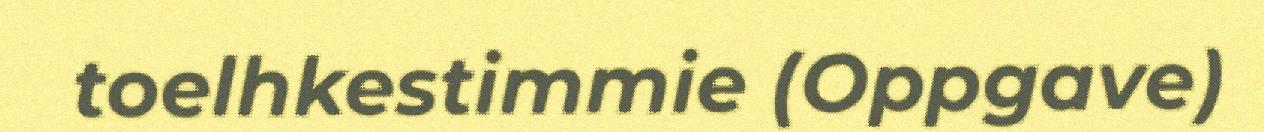
toelhkestimmie (Oppgave)